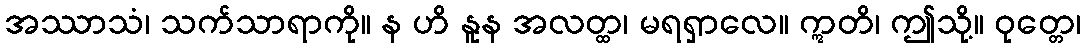
အဿာသံ၊ သက်သာရာကို။ န ဟိ နူန အလတ္ထ၊ မရရှာလေ။ ဣတိ၊ ဤသို့။ ဝုတ္တေ၊